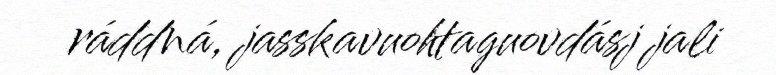
ráddná, jasskavuohtaguovdásj jali